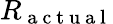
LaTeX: R_{\mathrm{~a~c~t~u~a~l~}}